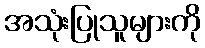
အသုံးပြုသူများကို